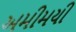
અમીમયી